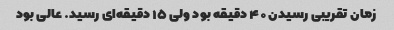
زمان تقریبی رسیدن ۴۰ دقیقه بود ولی ۱۵ دقیقه‌ای رسید. عالی بود